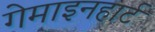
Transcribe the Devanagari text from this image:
गेमाइनहार्ट